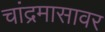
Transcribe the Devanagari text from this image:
चांद्रमासावर